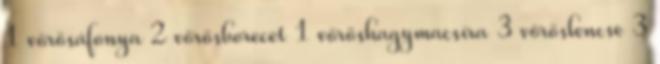
1 vörösáfonya 2 vörösborecet 1 vöröshagymacsíra 3 vöröslencse 3